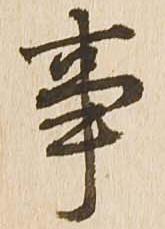
事